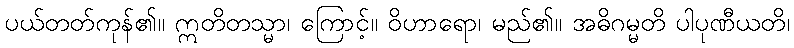
ပယ်တတ်ကုန်၏။ ဣတိတသ္မာ၊ ကြောင့်။ ဝိဟာရော၊ မည်၏။ အဓိဂမ္မတိ ပါပုဏီယတိ၊